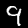
Digit: 9